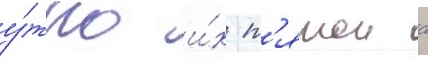
у́тро и́х п'ятои с